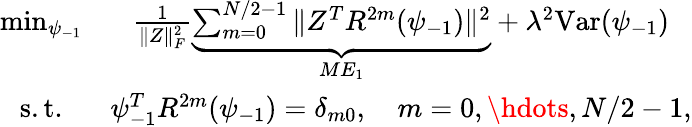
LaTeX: \begin{array}{cc}{\operatorname*{min}_{\psi_{-1}}}&{\frac{1}{\| Z\| _{F}^{2}}\underbrace{\sum_{m=0}^{N/2-1}\| Z^{T}R^{2m}(\psi_{-1})\| ^{2}}_{ME_{1}}+\lambda^{2}\mathrm{Var}(\psi_{-1})}\\ {\mathrm{s.t.}}&{\psi_{-1}^{T}R^{2m}(\psi_{-1})=\delta_{m0},\quad m=0,\hdots,N/2-1,}\end{array}